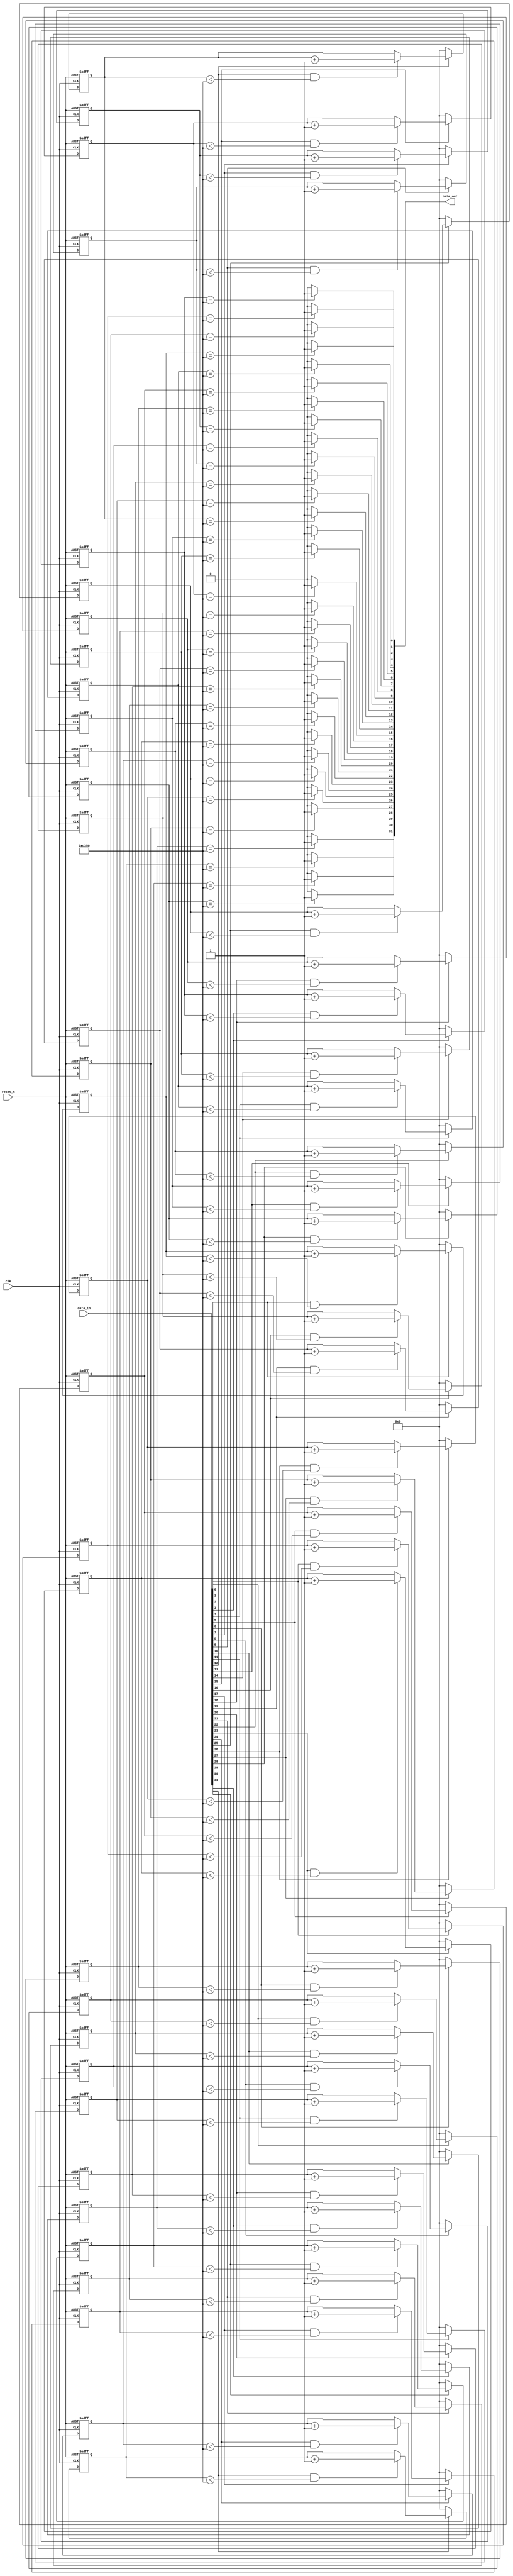
//Legal Notice: (C)2013 Altera Corporation. All rights reserved.  Your
//use of Altera Corporation's design tools, logic functions and other
//software and tools, and its AMPP partner logic functions, and any
//output files any of the foregoing (including device programming or
//simulation files), and any associated documentation or information are
//expressly subject to the terms and conditions of the Altera Program
//License Subscription Agreement or other applicable license agreement,
//including, without limitation, that your use is for the sole purpose
//of programming logic devices manufactured by Altera and sold by Altera
//or its authorized distributors.  Please refer to the applicable
//agreement for further details.

module debounce (
  clk,
  reset_n,
  data_in,
  data_out
);

  parameter WIDTH = 32;           // set to be the width of the bus being debounced
  parameter POLARITY = "HIGH";    // set to be "HIGH" for active high debounce or "LOW" for active low debounce
  parameter TIMEOUT = 50000;      // number of input clock cycles the input signal needs to be in the active state
  parameter TIMEOUT_WIDTH = 16;   // set to be ceil(log2(TIMEOUT))
  
  input wire clk;
  input wire reset_n;
  
  input wire [WIDTH-1:0] data_in;
  output wire [WIDTH-1:0] data_out;
  
  reg [TIMEOUT_WIDTH-1:0] counter [0:WIDTH-1];
  wire counter_reset [0:WIDTH-1];
  wire counter_enable [0:WIDTH-1];
  
  // need one counter per input to debounce
  genvar i;
  generate for (i = 0; i < WIDTH; i = i+1)
  begin:  debounce_counter_loop
    always @ (posedge clk or negedge reset_n)
    begin
      if (reset_n == 0)
      begin
        counter[i] <= 0;
      end
      else
      begin
        if (counter_reset[i] == 1)  // resetting the counter needs to win
        begin
          counter[i] <= 0;
        end
        else if (counter_enable[i] == 1)
        begin
          counter[i] <= counter[i] + 1'b1;
        end
      end
    end
 
    if (POLARITY == "HIGH")
    begin
      assign counter_reset[i] = (data_in[i] == 0);
      assign counter_enable[i] = (data_in[i] == 1) & (counter[i] < TIMEOUT);
      assign data_out[i] = (counter[i] == TIMEOUT) ? 1'b1 : 1'b0;
    end
    else
    begin
      assign counter_reset[i] = (data_in[i] == 1);
      assign counter_enable[i] = (data_in[i] == 0) & (counter[i] < TIMEOUT);
      assign data_out[i] = (counter[i] == TIMEOUT) ? 1'b0 : 1'b1;    
    end
    
  end  
  endgenerate
  
endmodule